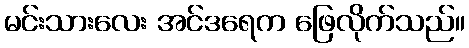
မင်းသားလေး အင်ဒရေက ဖြေလိုက်သည်။